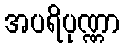
အပရိပုဏ္ဏာ